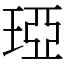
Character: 𤦩